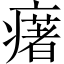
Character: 𤻔